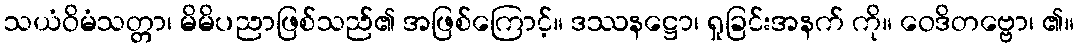
သယံဝိမံသတ္တာ၊ မိမိပညာဖြစ်သည်၏ အဖြစ်ကြောင့်။ ဒဿနဋ္ဌော၊ ရှုခြင်းအနက် ကို။ ဝေဒိတဗ္ဗော၊ ၏။